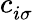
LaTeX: c_{i\sigma}^{\phantom{}}